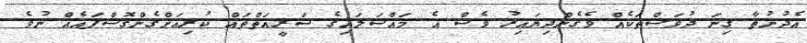
އެދުނުތާ ގިނަ ދުވަސްތަކެއް ވެގެންދިޔައިރު ވެސް އެ މައްސަލައިގެ ޝަރީއަތްތައް ކުރިއަށްގެންގޮސްފައެއް ނުވެ